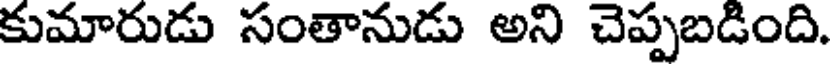
కుమారుడు సంతానుడు అని చెప్పబడింది.